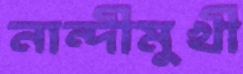
নান্দীমুখী